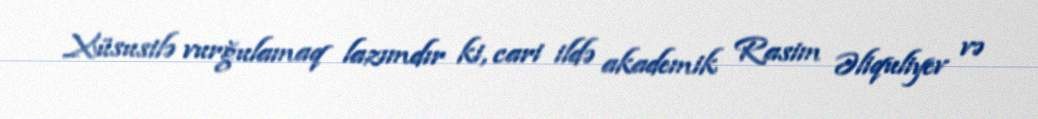
Xüsusilə vurğulamaq lazımdır ki, cari ildə akademik Rasim Əliquliyev və